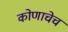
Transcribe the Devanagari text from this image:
कोणाचेच